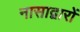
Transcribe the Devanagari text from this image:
नासाद्वारों